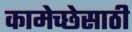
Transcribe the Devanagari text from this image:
कामेच्छेसाठी